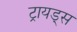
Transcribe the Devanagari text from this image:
ट्रायड्स